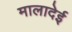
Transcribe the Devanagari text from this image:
मालादेई